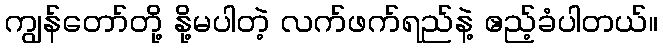
ကျွန်တော်တို့ နို့မပါတဲ့ လက်ဖက်ရည်နဲ့ ဧည့်ခံပါတယ်။